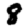
Digit: 8